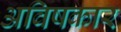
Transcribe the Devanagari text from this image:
अविषकार